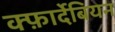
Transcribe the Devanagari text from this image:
क्फ़ार्देबियन